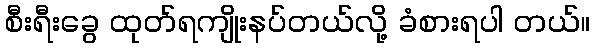
စီးရီးခွေ ထုတ်ရကျိုးနပ်တယ်လို့ ခံစားရပါ တယ်။